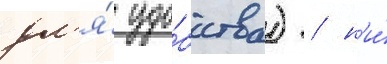
дл'я́ удо́бства) / н'и́